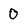
Character: 0